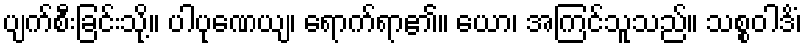
ပျက်စီးခြင်းသို့။ ပါပုဏေယျ၊ ရောက်ရာ၏။ ယော၊ အကြင်သူသည်။ သစ္စဝါဒိံ၊